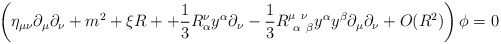
\begin{align*}\left(\eta_{\mu\nu}\partial_\mu\partial_\nu + m^2 +\xi R ++ {1\over 3}R^\nu_\alpha y^\alpha \partial_\nu- {1\over 3}R^{\mu\ \nu}_{\ \alpha\ \beta}y^\alpha y^\beta\partial_\mu\partial_\nu+ O(R^2)\right)\phi =0 \end{align*}